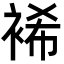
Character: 𮖆